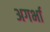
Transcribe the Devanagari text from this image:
अगर्भा